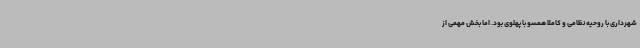
شهرداری با روحیه نظامی و کاملا همسو با پهلوی بود. اما بخش مهمی از